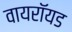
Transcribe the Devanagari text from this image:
वायरॉयड